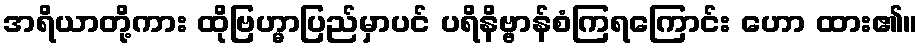
အရိယာတို့ကား ထိုဗြဟ္မာပြည်မှာပင် ပရိနိဗ္ဗာန်စံကြရကြောင်း ဟော ထား၏။